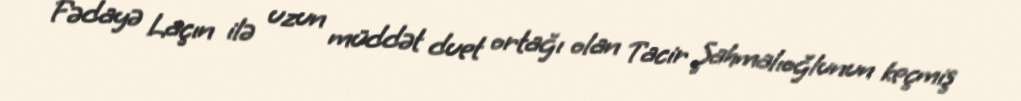
Fədayə Laçın ilə uzun müddət duet ortağı olan Tacir Şahmalıoğlunun keçmiş